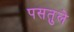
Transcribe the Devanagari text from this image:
पसतुले